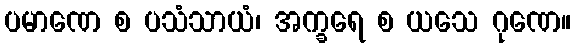
ပမာဏေ စ ပသံသာယံ၊ အက္ခရေ စ ယသေ ဂုဏေ။